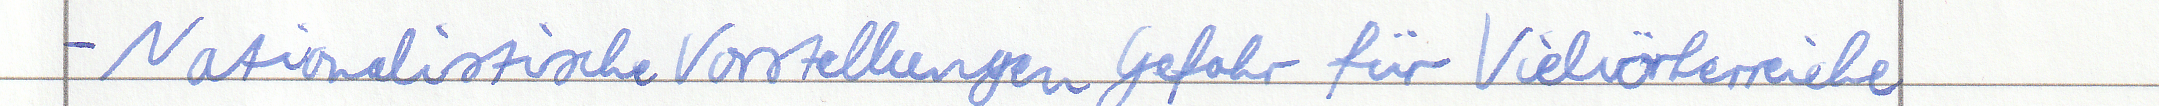
- Nationalistische Vorstellungen Gefahr für Vielvölkerreiche